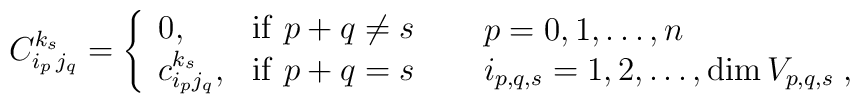
C_{i_{ p}\, j_{ q}}^{k_{ s}}= \left\{ \begin{array}{lll} 0, &\mathrm{if} \ p + q \neq s  \\c_{i_{ p}j_{ q}}^{k_{s}}, & \mathrm{if} \ p + q = s  \end{array}\right. \quad \begin{array}{l}p=0,1,\ldots,n \\i_{p,q,s}=1,2,\ldots, \textrm{dim} \, V_{p,q,s} \; ,\end{array}